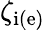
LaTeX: \zeta_{\mathrm{i(e)}}